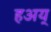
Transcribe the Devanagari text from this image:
हअय्